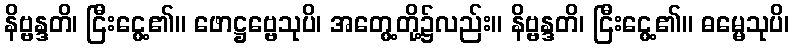
နိဗ္ဗန္ဒတိ၊ ငြီးငွေ့၏။ ဖောဋ္ဌဗ္ဗေသုပိ၊ အတွေ့တို့၌လည်း။ နိဗ္ဗန္ဒတိ၊ ငြီးငွေ့၏။ ဓမ္မေသုပိ၊